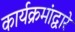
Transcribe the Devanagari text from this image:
कार्यक्रमांद्वारे